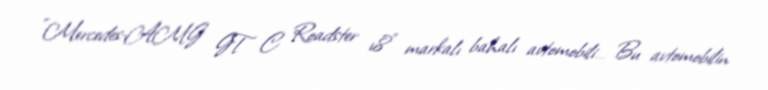
"Mercedes-AMG GT C Roadster v8" markalı bahalı avtomobili… Bu avtomobilin